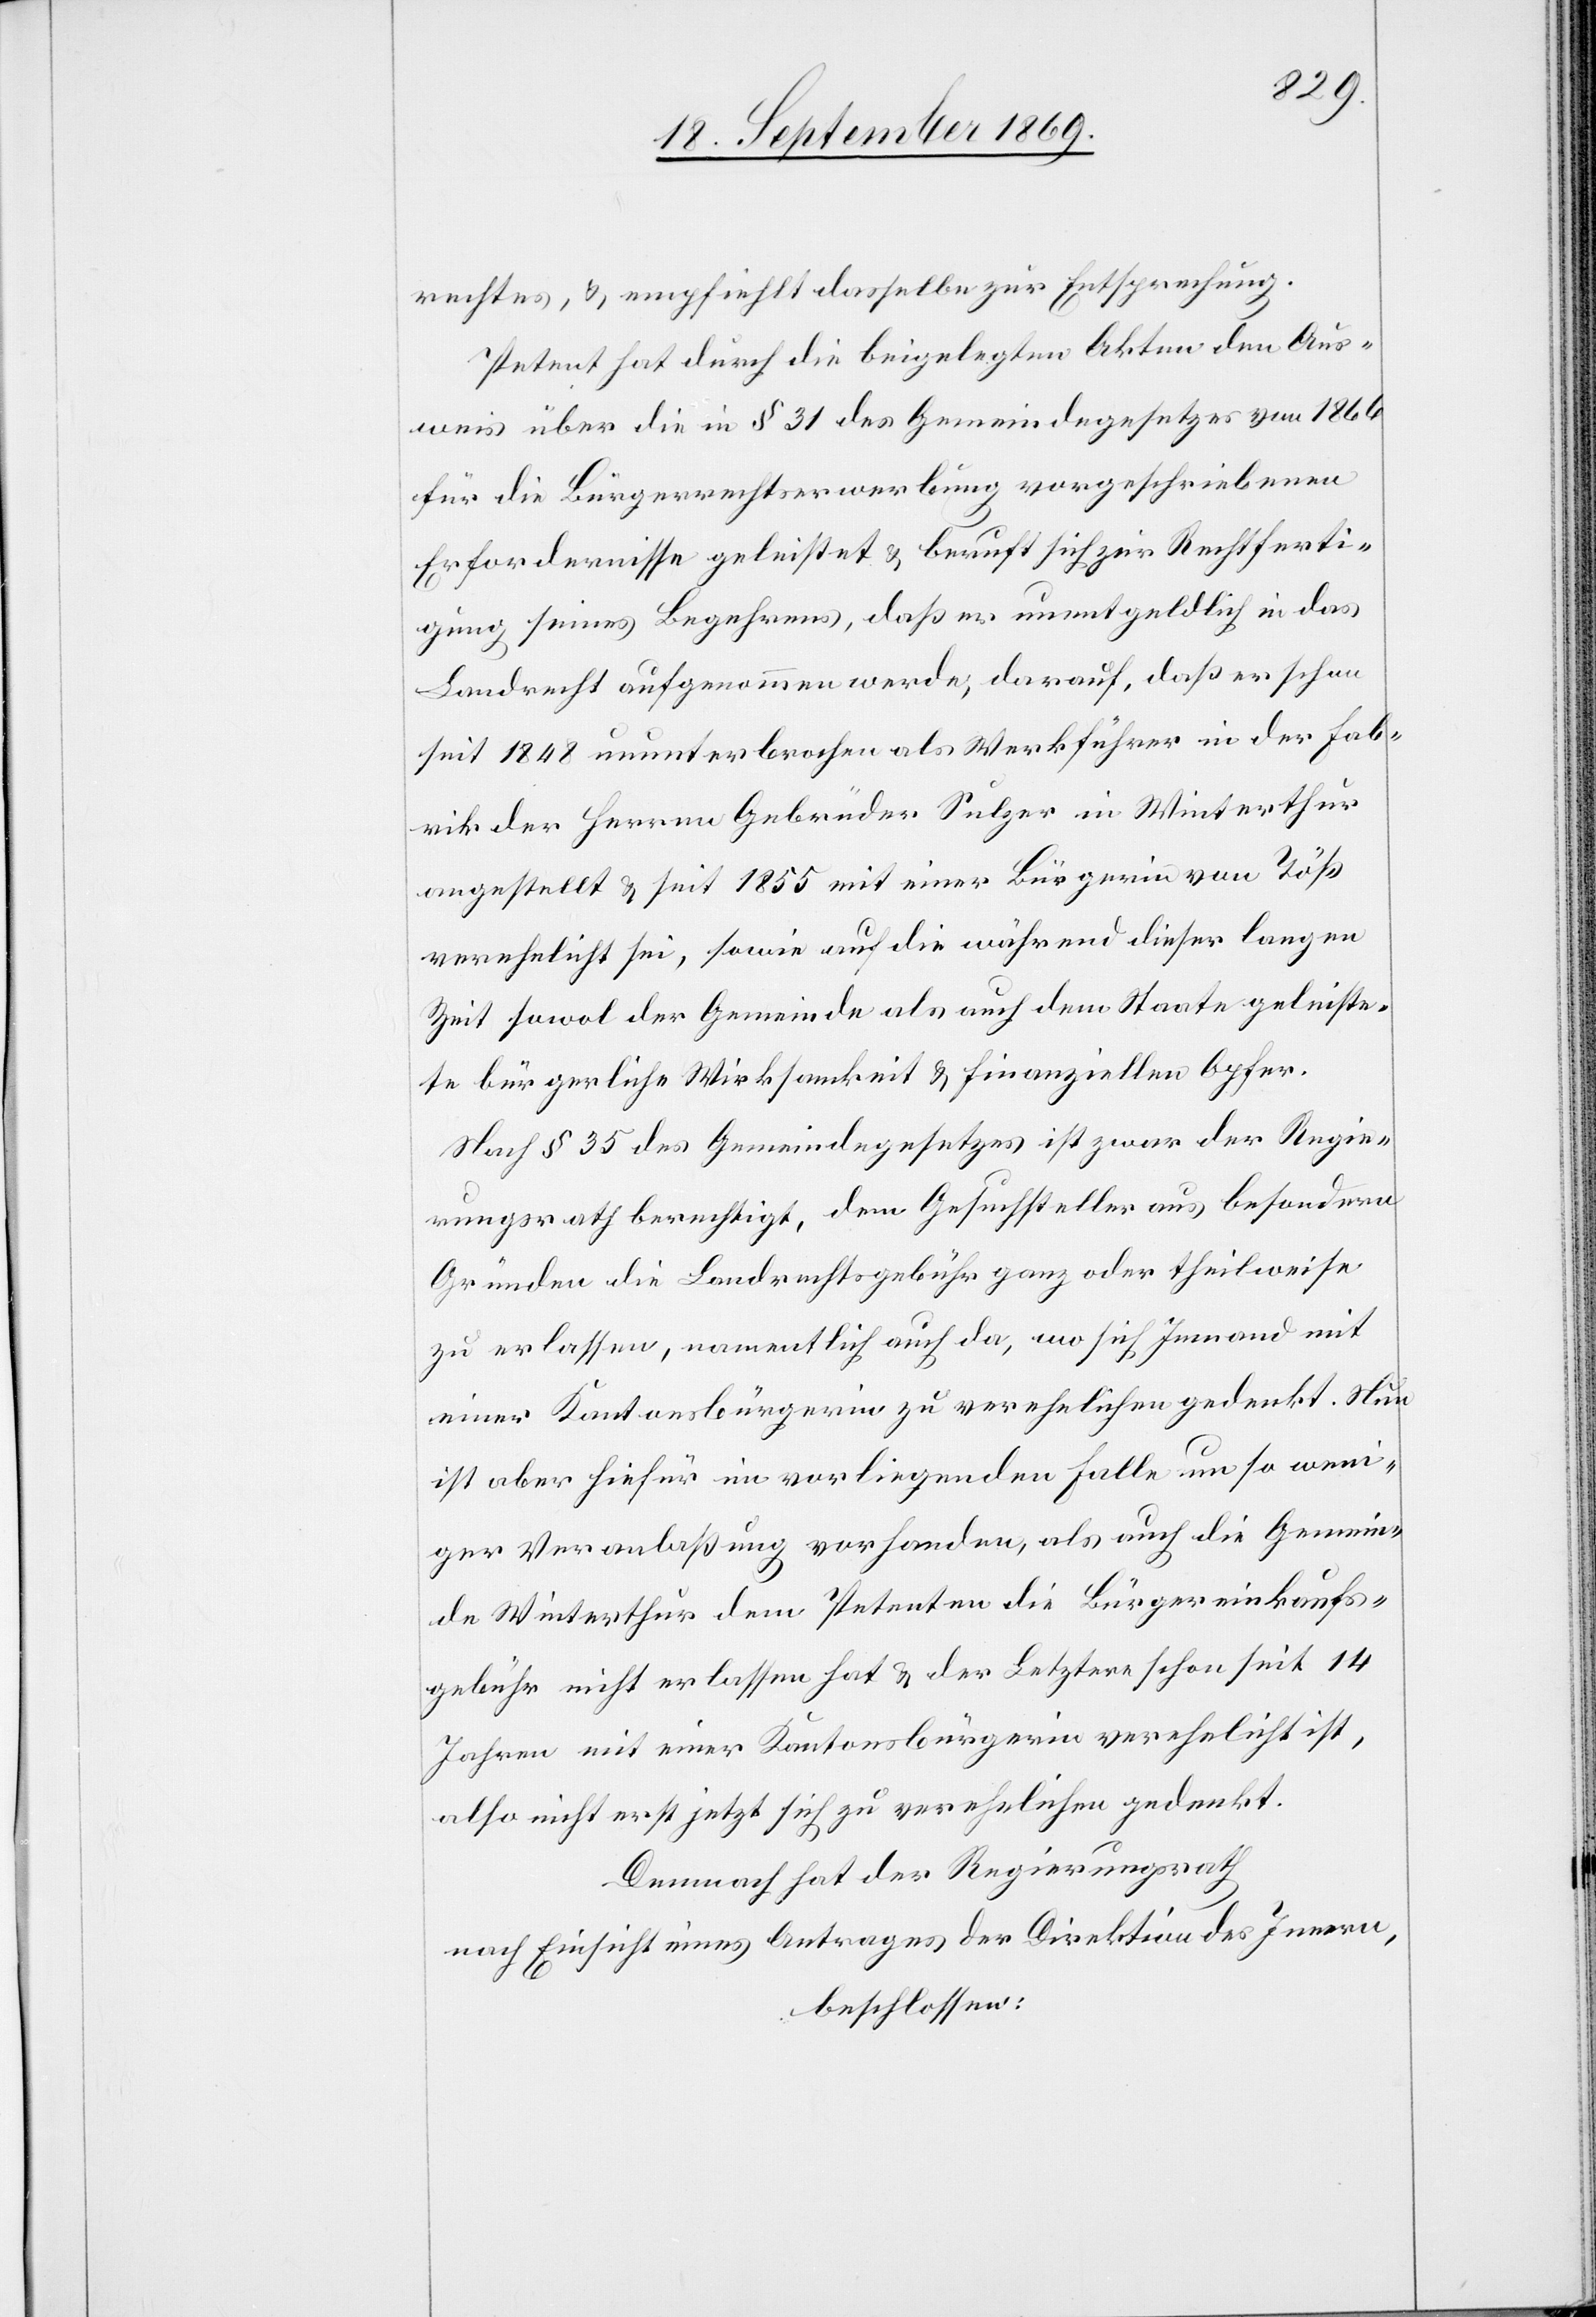
rechtes, & empfiehlt dasselbe zur Entsprechung.
Petent hat durch die beigelegten Akten den Aus¬
weis über die in § 31 des Gemeindegesetzes von 1866
für die Bürgerrechtserwerbung vorgeschriebenen
Erfordernisse geleistet & beruft sich zur Rechtferti¬
gung seines Begehrens, daß er unentgeldlich in das
Landrecht aufgenommen werde, darauf, daß er schon
seit 1848 ununterbrochen als Werkführer in der Fab¬
rik der Herren Gebrüder Sulzer in Winterthur
angestellt & seit 1855 mit einer Bürgerin von Töß
verehelicht sei, sowie auf die während dieser langen
Zeit sowol der Gemeinde als auch dem Staate geleiste¬
te bürgerliche Wirksamkeit & finanziellen Opfer.
Nach § 35 des Gemeindegesetzes ist zwar der Regie¬
rungsrath berechtigt, dem Gesuchsteller aus besondern
Gründen die Landrechtsgebühr ganz oder theilweise
zu erlassen, namentlich auch da, wo sich Jemand mit
einer Kantonsbürgerin zu verehelichen gedenkt. Nun
ist aber hiefür im vorliegenden Falle um so weni¬
ger Veranlaßung vorhanden, als auch die Gemein¬
de Winterthur dem Petenten die Bürgereinkaufs¬
gebühr nicht erlassen hat & der Letztere schon seit 14
Jahren mit einer Kantonsbürgerin verehelicht ist,
also nicht erst jetzt sich zu verehelichen gedenkt.
Demnach hat der Regierungsrath
nach Einsicht eines Antrages der Direktion des Innern,
beschlossen: